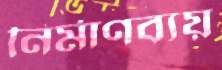
নির্মাণব্যয়